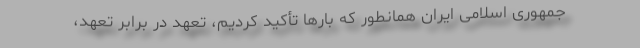
جمهوری اسلامی ایران همانطور که بارها تأکید کردیم، تعهد در برابر تعهد،